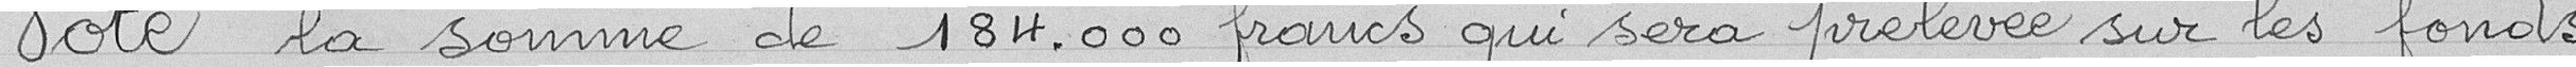
Vote la somme de 184.000 francs qui sera prélevé sur les fonds